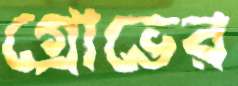
গ্রোভের